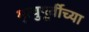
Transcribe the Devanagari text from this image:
मृत्युपूर्वीच्या